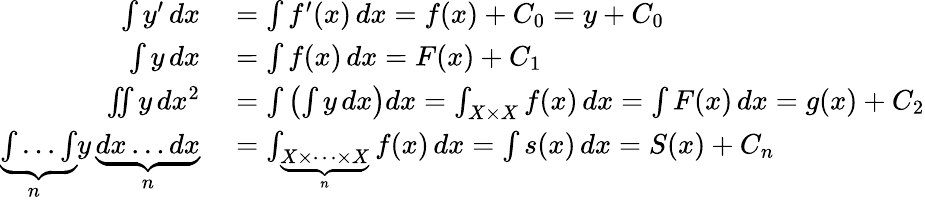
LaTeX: \begin{array}{rl}{\int y^{\prime}\, dx}&{{}=\int f^{\prime}(x)\, dx=f(x)+C_{0}=y+C_{0}}\\ {\int y\, dx}&{{}=\int f(x)\, dx=F(x)+C_{1}}\\ {\iint y\, dx^{2}}&{{}=\int\left(\int y\, dx\right)dx=\int_{X\times X}f(x)\, dx=\int F(x)\, dx=g(x)+C_{2}}\\ {\underbrace{\int\dots\int}_{\! \! n}y\, \underbrace{dx\dots dx}_{n}}&{{}=\int_{\underbrace{X\times\cdots\times X}_{n}}f(x)\, dx=\int s(x)\, dx=S(x)+C_{n}}\end{array}